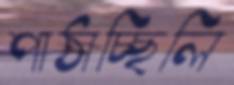
পাঠাচ্ছিলি